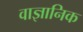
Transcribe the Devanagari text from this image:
वाज्ञानिक